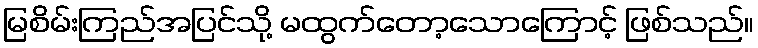
မြစိမ်းကြည်အပြင်သို့ မထွက်တော့သောကြောင့် ဖြစ်သည်။